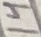
Text: 14